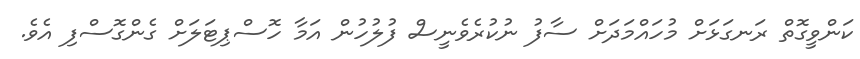
ކަންވީގޮތް ރަނގަޅަށް މުހައްމަދަށް ސާފު ނުކުރެވެނީސް ފުލުހުން އަމާ ހޮސްޕިޓަލަށް ގެންގޮސްފި އެވެ.